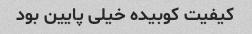
کیفیت کوبیده خیلی پایین بود